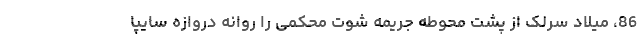
86، میلاد سرلک از پشت محوطه جریمه شوت محکمی را روانه دروازه سایپا